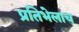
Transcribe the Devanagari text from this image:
प्रतिभेलाच